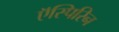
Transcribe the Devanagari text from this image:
ऍस्पिरिन